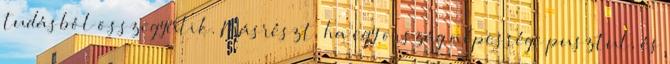
tudásból összegyűlik. Másrészt, ha egy ország népessége pusztul, és